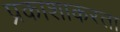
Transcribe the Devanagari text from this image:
प्रकाशाकरता